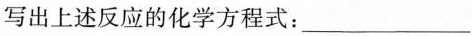
写出上述反应的化学方程式：___